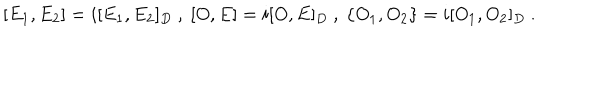
[ E _ { 1 } , E _ { 2 } ] = i [ E _ { 1 } , E _ { 2 } ] _ { D } ~ , ~ [ O , E ] = i [ O , E ] _ { D } ~ , ~ \{ O _ { 1 } , O _ { 2 } \} = i [ O _ { 1 } , O _ { 2 } ] _ { D } ~ .